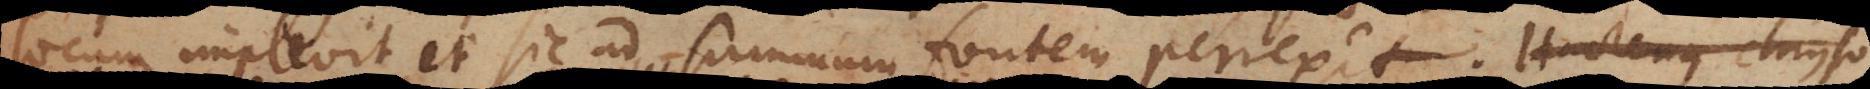
locum implevit, et sic ad summum fontem perrexit.